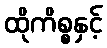
ထိုကိစ္စနှင့်